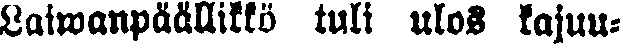
Laiwanpäällikkö tuli ulos kaju-